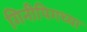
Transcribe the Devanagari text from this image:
गिनीपिगच्या